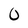
Character: 0